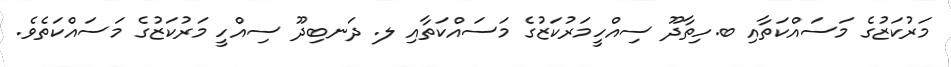
މަރުކަޒުގެ މަސައްކަތާއި ބ.ހިތާދޫ ސިއްހީމަރުކަޒުގެ މަސައްކަތާއި ލ. ދަނބިދޫ ސިއްހީ މަރުކަޒުގެ މަސައްކަތެވެ.